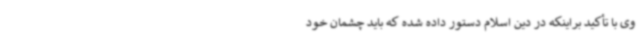
وی با تأکید براینکه در دین اسلام دستور داده شده که باید چشمان خود